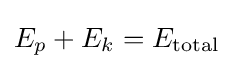
E_{p}+E_{k}=E_{\text{total}}